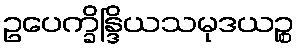
ဥပေက္ခိန္ဒြိယသမုဒယဉ္စ